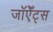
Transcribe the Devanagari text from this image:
जॉएँट्स